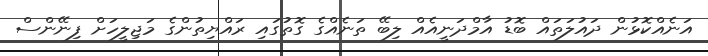
އަނެއްކޮޅުން ދައުލަތައް ބޮޑު އާމްދަނީއެއް ލިބޭ ތަނެއްގެ ގޮތުގައި ރައްޔިތުންގެ މަޖިލީހަށް ފިނޭންސް